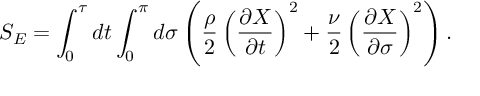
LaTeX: { \cal S } _ { E } = \int _ { 0 } ^ { \tau } d t \int _ { 0 } ^ { \pi } d \sigma \left( \frac { \rho } { 2 } \left( \frac { \partial X } { \partial t } \right) ^ { 2 } + \frac { \nu } { 2 } \left( \frac { \partial X } { \partial \sigma } \right) ^ { 2 } \right) .